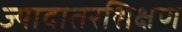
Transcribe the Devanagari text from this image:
ज्यादातरशिक्षण